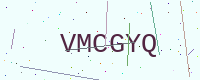
Text: VMCGYQ